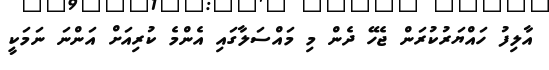
އާލިފު ހައްޔަރުކުރަން ޖެހޭ ދެން މި މައްސަލާގައި އެންމެ ކުރިއަށް އަންނަ ނަމަކީ